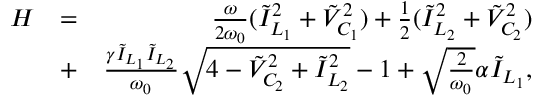
\begin{array} { r l r } { H } & { = } & { \frac { \omega } { 2 \omega _ { 0 } } ( \tilde { I } _ { L _ { 1 } } ^ { 2 } + \tilde { V } _ { C _ { 1 } } ^ { 2 } ) + \frac { 1 } { 2 } ( \tilde { I } _ { L _ { 2 } } ^ { 2 } + \tilde { V } _ { C _ { 2 } } ^ { 2 } ) } \\ & { + } & { \frac { \gamma \tilde { I } _ { L _ { 1 } } \tilde { I } _ { L _ { 2 } } } { \omega _ { 0 } } \sqrt { 4 - \tilde { V } _ { C _ { 2 } } ^ { 2 } + \tilde { I } _ { L _ { 2 } } ^ { 2 } } - 1 + \sqrt { \frac { 2 } { \omega _ { 0 } } } \alpha \tilde { I } _ { L _ { 1 } } , } \end{array}